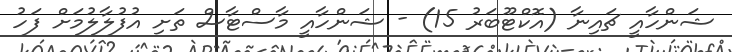
ޝަންހާއީ ޗައިނާ (އޮކްޓޫބަރު 15) - ޝަންހާއީ މާސްޓާސް ތަށި އުފުލާލުމަށް ފަހު